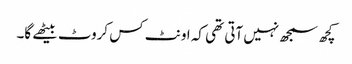
کچھ سمجھ نہیں آتی تھی کہ اونٹ کس کروٹ بیٹھے گا۔